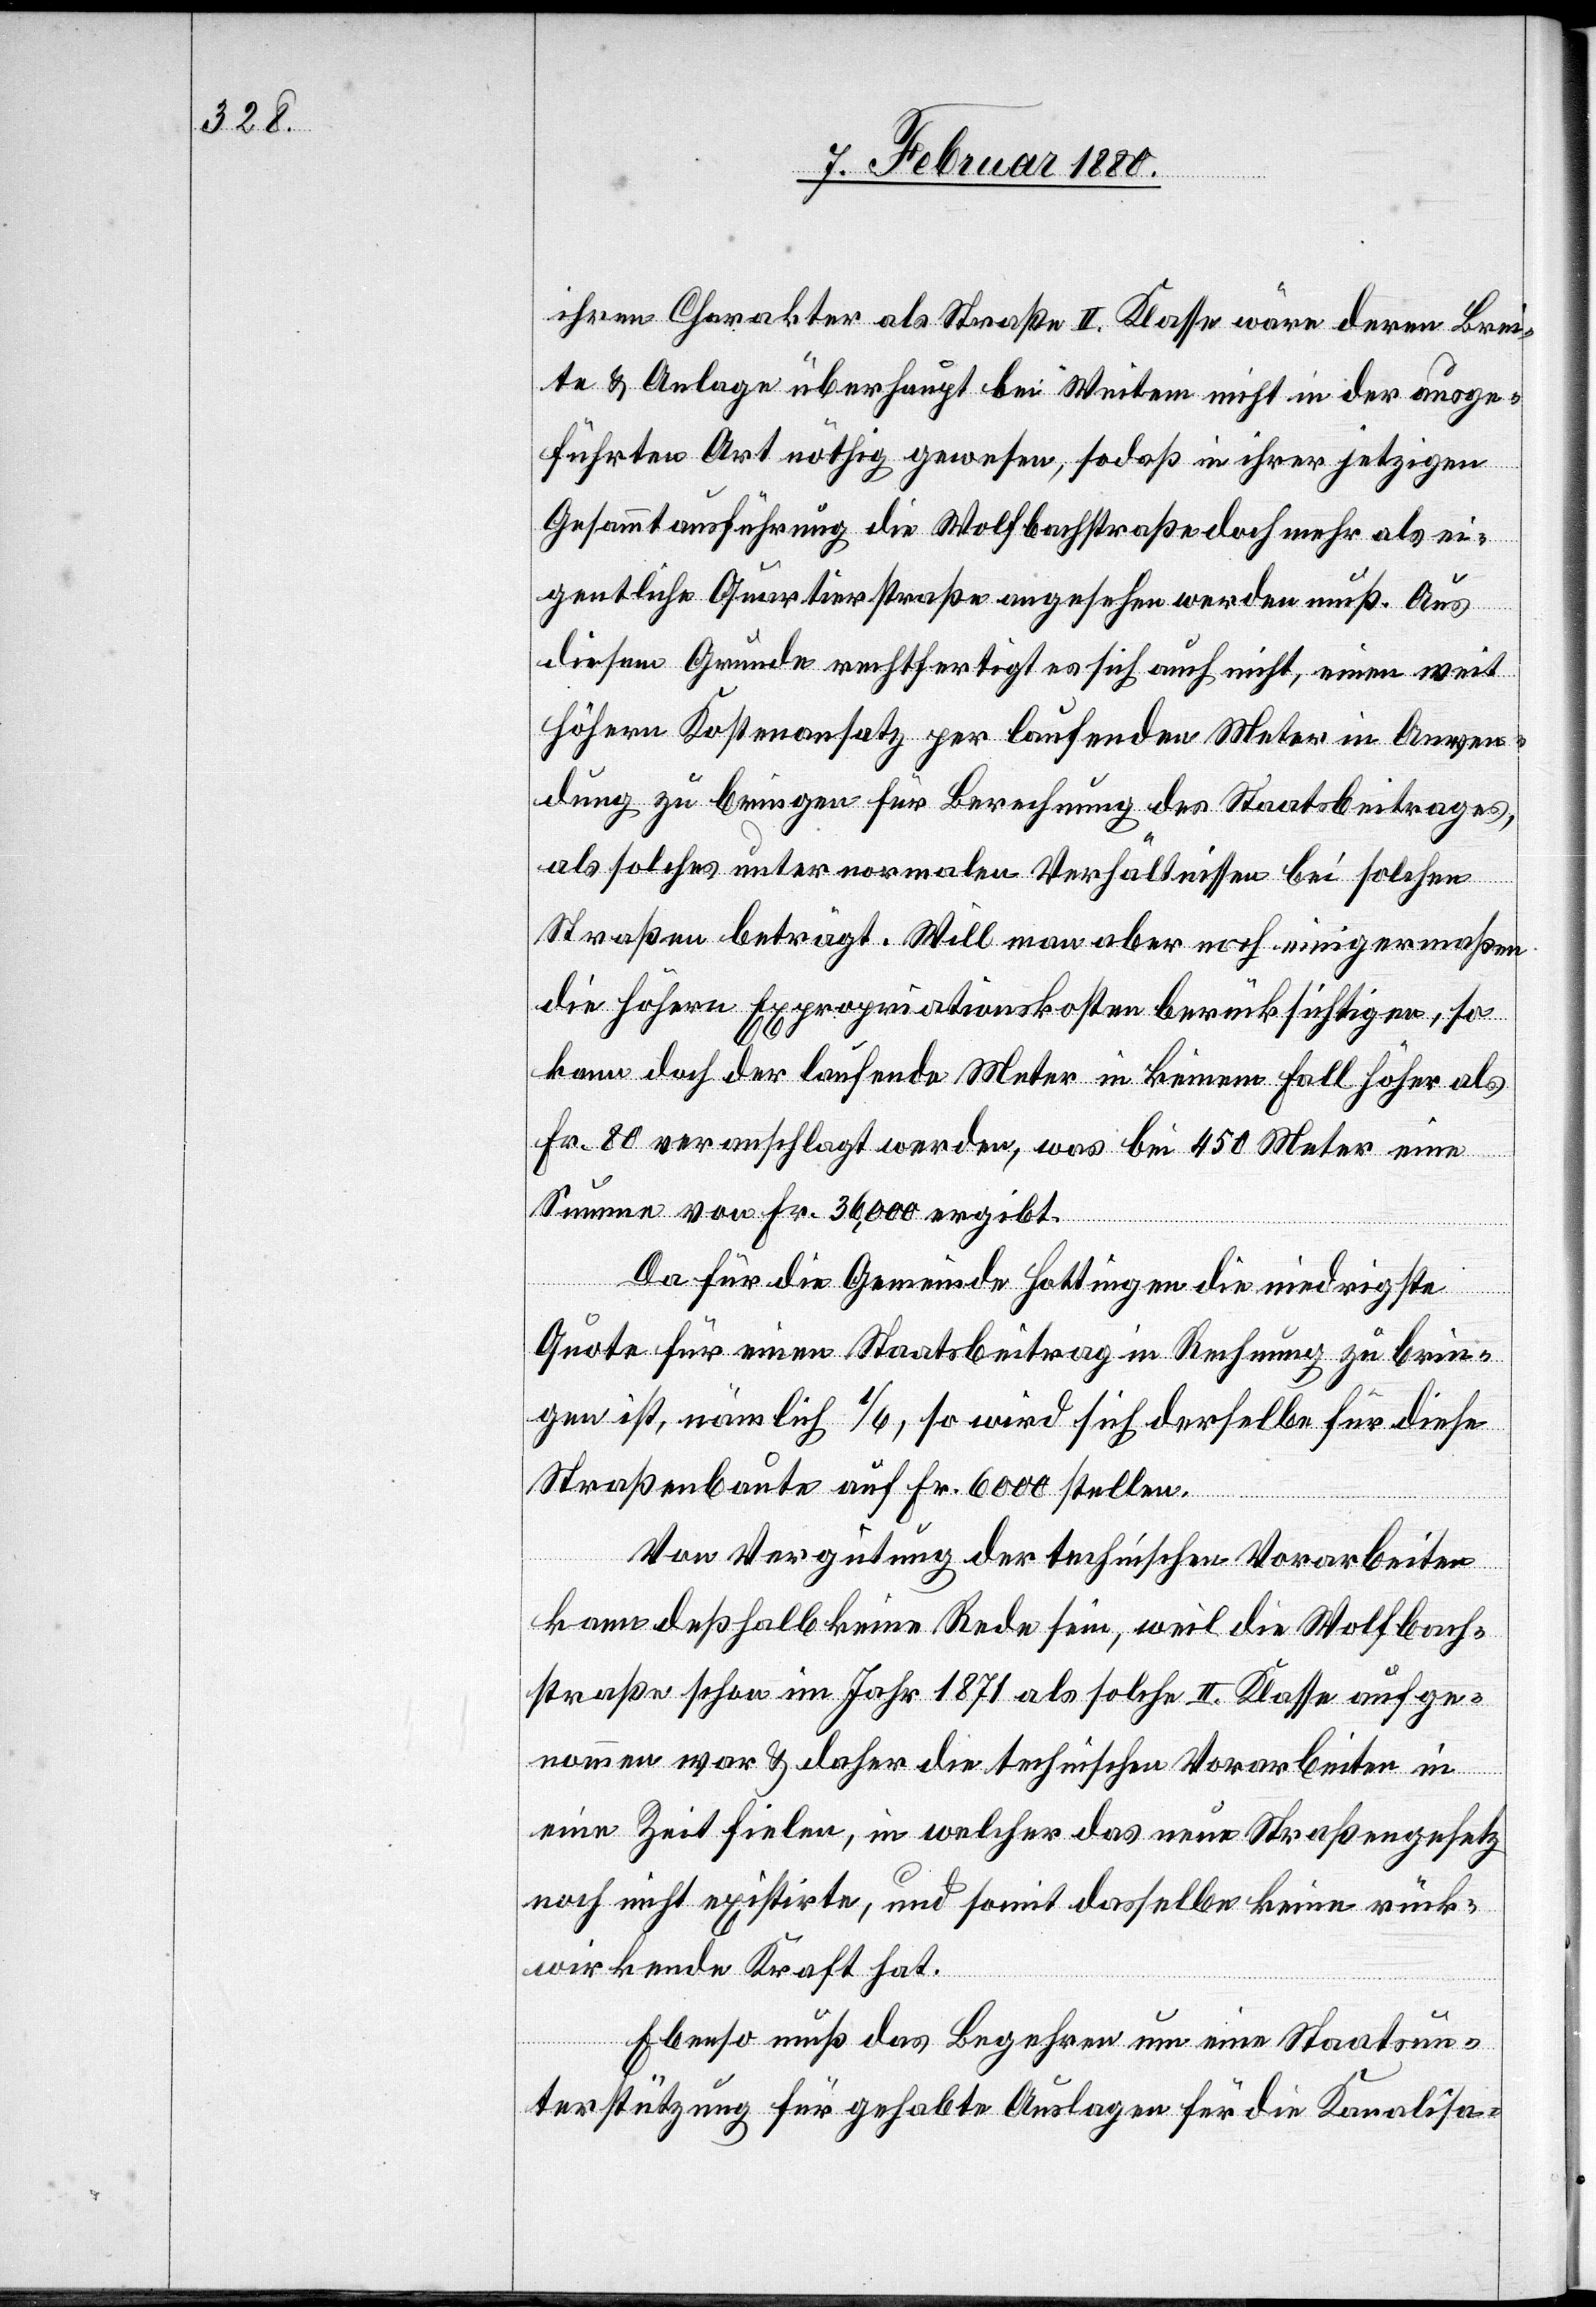
ihren Charakter als Straße II. Klasse wäre deren Brei¬
te & Anlage überhaupt bei Weitem nicht in der ausge¬
führten Art nöthig gewesen, sodaß in ihrer jetzigen
Gesammtausführung die Wolfbachstraße doch mehr als ei¬
gentliche Quartierstraße angesehen werden muß. Aus
diesem Grunde rechtfertigt es sich auch nicht, einen weit
höheren Kostenansatz per laufenden Meter in Anwen¬
dung zu bringen für Berechnung des Staatsbeitrages,
als solche unter normalen Verhältnissen bei solchen
Straßen beträgt. Will man aber noch einigermaßen
die höhern Expropriationskosten berücksichtigen, so
kann doch der laufende Meter in keinem Fall höher als
Fr. 80 veranschlagt werden, was bei 450 Meter eine
Summe von Fr. 36,000 ergibt..
Da für die Gemeinde Hottingen die niedrigste
Quote für einen Staatsbeitrag in Rechnung zu brin¬
gen ist, nämlich 1/6, so wird sich derselbe für diese
Straßenbaute auf Fr. 6000 stellen.
Von Vergütung der technischen Vorarbeiten
kann deßhalb keine Rede sein, weil die Wolfbach¬
straße schon im Jahr 1871 als solche II. Klasse aufge¬
nommen war & daher die technischen Vorarbeiten in
eine Zeit fielen, in welcher das neue Straßengesetz
noch nicht existirte, und somit dasselbe keine rück¬
wirkende Kraft hat.
Ebenso muß das Begehren um eine Staatsun¬
terstützung für gehabte Auslagen für die Kanalisa-